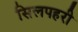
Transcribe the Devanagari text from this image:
सिलपहरी